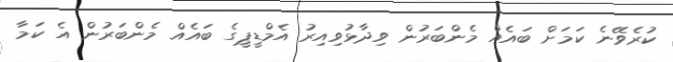
ކުރެވޭނެ ކަމަށް ބައެއް މެންބަރުން ވިދާޅުވިއިރު އެމްޑީޕީގެ ބައެއް މެންބަރުން އެ ކަމާ